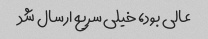
عالی بود، خیلی سریع ارسال شد